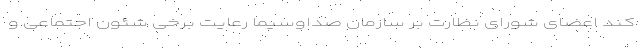
کند اعضای شورای نظارت بر سازمان صداوسیما رعایت برخی شئون اجتماعی و